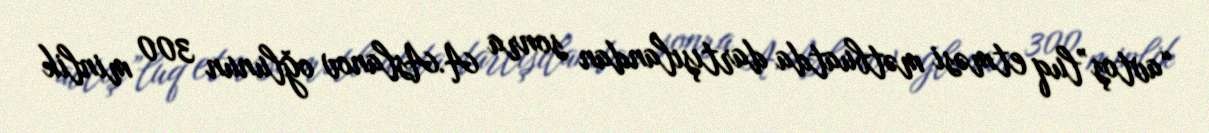
“avtoş”luq etməsi mətbuatda dartışılandan sonra A.Aslanov oğlunun 300 minlik